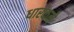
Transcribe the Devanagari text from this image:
धारकने